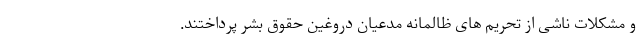
و مشکلات ناشی از تحریم های ظالمانه مدعیان دروغین حقوق بشر پرداختند.